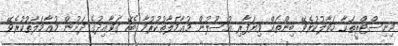
މިނިސްޓްރީތަކާ ހަވާލުކުރެވޭ ބިންތައް ވިޔަފާރި އުސޫލުން މުޢާމަލާތުކުރުމާ ބެހޭ ގަވާއިދުގެ ދަށުން މުޢާމަލާތުކުރެވޭ